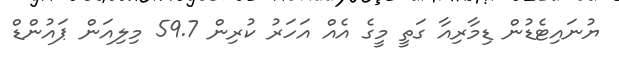
ޔުނައިޓެޑުން ޑިމާރިއާ ގަތީ މީގެ އެއް އަހަރު ކުރިން 59.7 މިލިއަން ޕައުންޑް